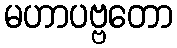
မဟာပဗ္ဗတော